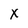
Character: x